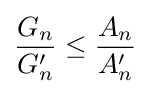
{\frac {G_{n}}{G_{n}'}}\leq {\frac {A_{n}}{A_{n}'}}